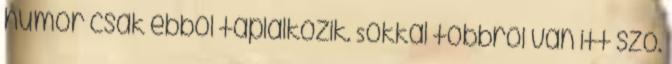
humor csak ebből táplálkozik. Sokkal többről van itt szó.